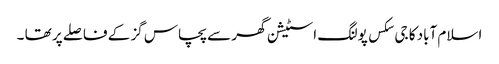
اسلام آباد کا جی سکس پولنگ اسٹیشن گھر سے پچاس گز کے فاصلے پر تھا ۔